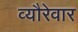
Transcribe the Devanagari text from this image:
व्यौरेवार